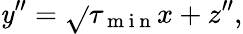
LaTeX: \mathit{y}^{\prime\prime}=\sqrt{}{{\tau_{\mathrm{{~m~i~n~}}}}}x+z^{\prime\prime},